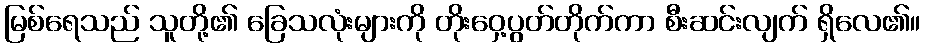
မြစ်ရေသည် သူတို့၏ ခြေသလုံးများကို တိုးဝှေ့ပွတ်တိုက်ကာ စီးဆင်းလျက် ရှိလေ၏။